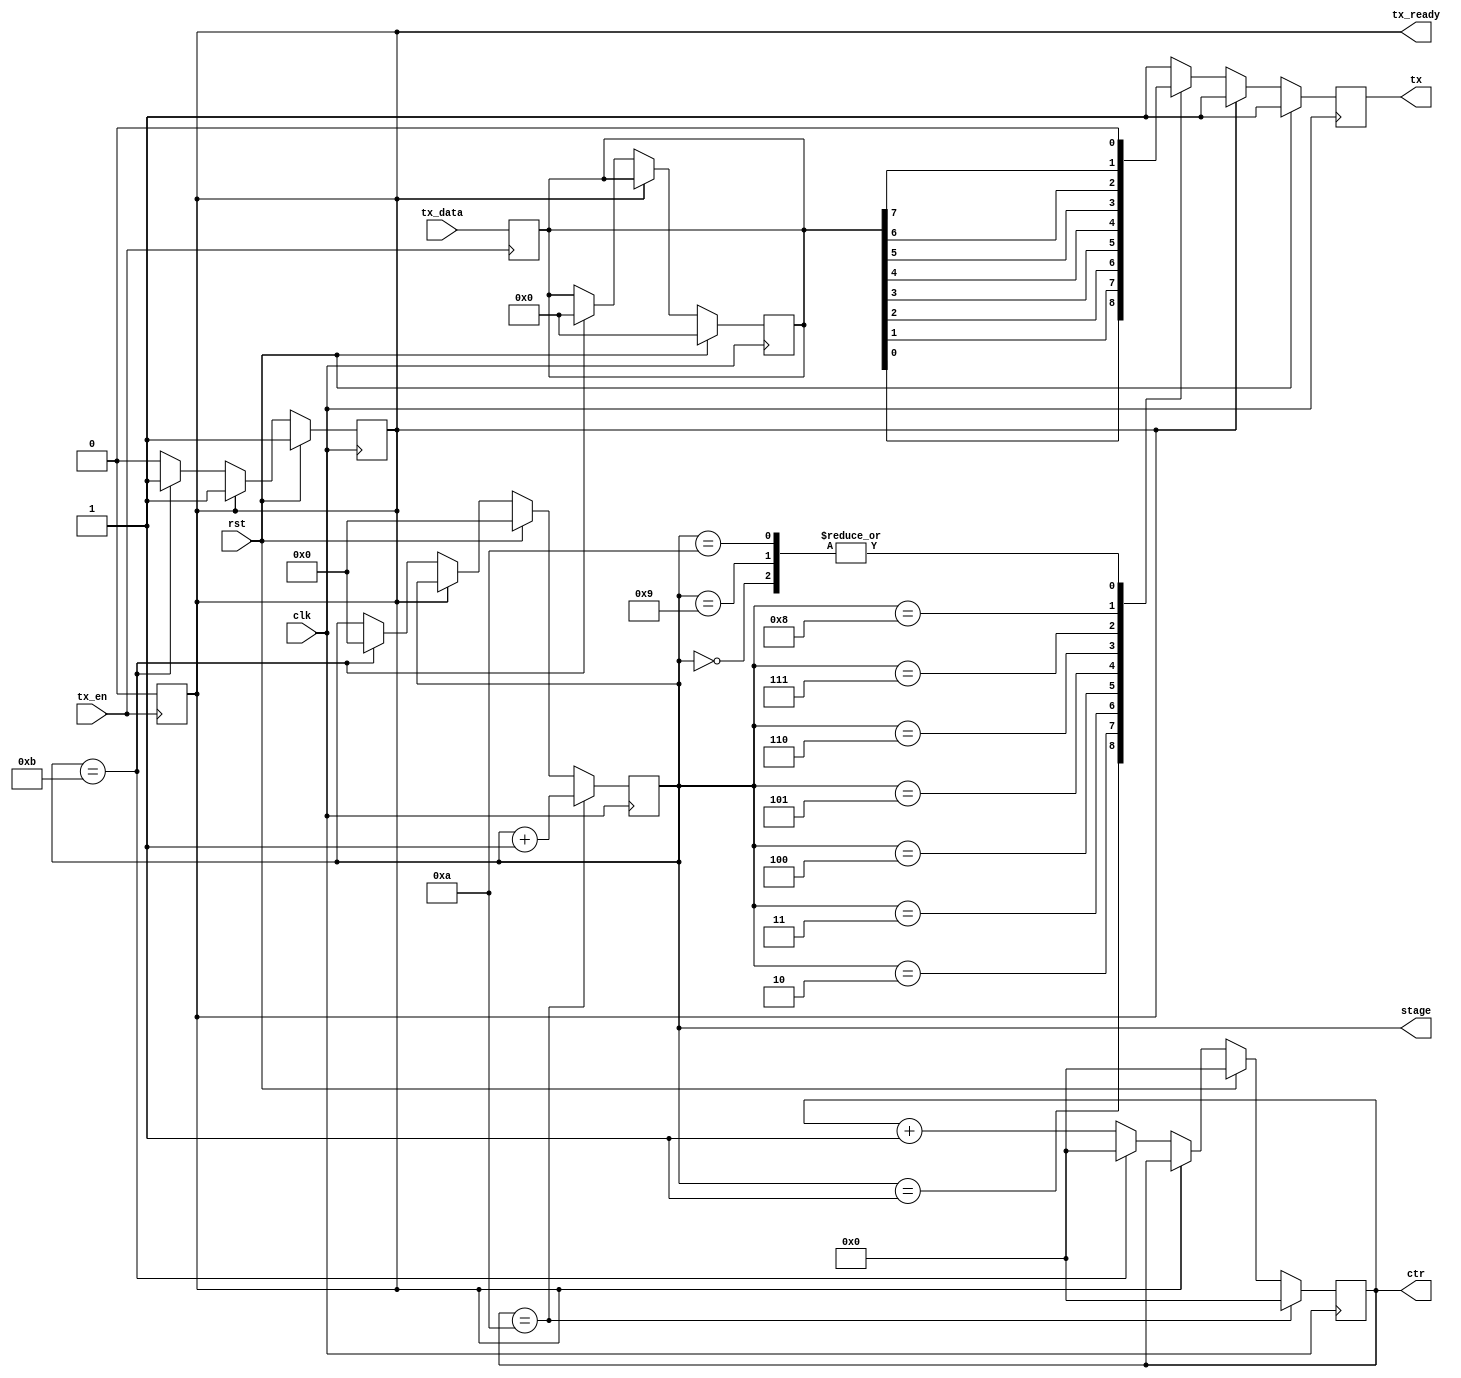
// Bi-directional UART interface
//
//

module uart(
	input  wire        clk            ,
	input  wire        rst            ,
	input  wire [ 7:0] tx_data        ,
	input  wire        tx_en          ,
	output reg         tx_ready       ,
	output reg         tx             ,
	output reg  [ 4:0] stage          ,
	output reg  [10:0] ctr             
	);

	parameter          BAUD_THRESHOLD= 10;
	reg         [ 7:0] tx_buffer         ;

	//Module Initial Values
	task reset; 
		begin
			tx       <= 1;
			tx_ready <= 1;
			ctr      <= 0;
			stage    <= 0;
			tx_buffer<= 0;
		end
	endtask

	//Enable trigger, latch output data
	always @ (posedge tx_en) begin
		tx_ready<= 0;
		tx_buffer<= tx_data;
	end

	//BEGIN PRIMARY BLOCK
	always @ (posedge clk) begin
		//Clock Counter
		if(rst) begin
			reset;
		end else if(~tx_ready) begin
			//Clock Counter
			ctr<= ctr+ 1'b1;

			//TX Serialization Block
			case(stage)
				5'h0     : tx<= 0;
				5'h1     : tx<= tx_buffer[0];
				5'h2     : tx<= tx_buffer[1];
				5'h3     : tx<= tx_buffer[2];
				5'h4     : tx<= tx_buffer[3];
				5'h5     : tx<= tx_buffer[4];
				5'h6     : tx<= tx_buffer[5];
				5'h7     : tx<= tx_buffer[6];
				5'h8     : tx<= tx_buffer[7];
				5'h9     : tx<= 0;
				5'ha     : tx<= 0;
				5'hb     : reset;
				default  : tx<= 1;
			endcase
		end else begin
			tx<= 1;
		end

		//Stage increment (BAUD rate)
		if(ctr== BAUD_THRESHOLD) begin
			stage<= stage+1'b1;
			ctr<= 0;
		end
	end
	//END PRIMARY BLOCK
endmodule